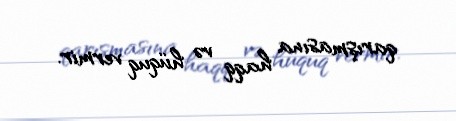
qarışmasına haqq və hüquq vermir.